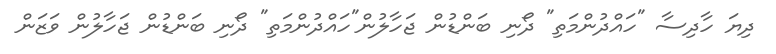
ދިޔަ ހާދިސާ "ހައްދުންމަތި" ދޯނި ބަންޑުން ޖަހާލުން"ހައްދުންމަތި" ދޯނި ބަންޑުން ޖަހާލުން ވަޒަން